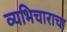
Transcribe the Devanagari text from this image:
व्यभिचाराचा